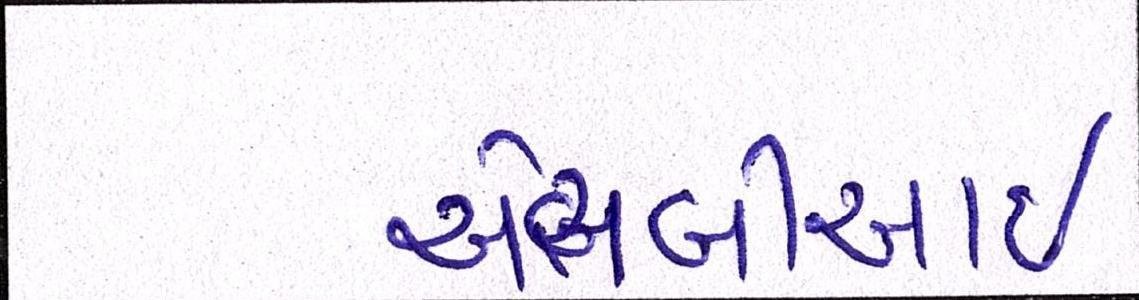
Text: એસબીઆઇ